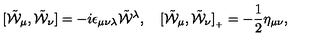
[ \tilde { \cal W } _ { \mu } , \tilde { \cal W } _ { \nu } ] = - i \epsilon _ { \mu \nu \lambda } \tilde { \cal W } { } ^ { \lambda } , \quad [ \tilde { \cal W } _ { \mu } , \tilde { \cal W } _ { \nu } ] _ { { } _ { + } } = - \frac { 1 } { 2 } \eta _ { \mu \nu } ,